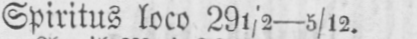
Spiritus loco 29½-5/12.